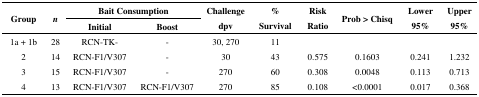
| <ROWSPAN=2> Group | <ROWSPAN=2> n | <COLSPAN=2> Bait Consumption | <ROWSPAN=2> Challenge dpv | <ROWSPAN=2> % Survival | <ROWSPAN=2> Risk Ratio | <ROWSPAN=2> Prob > Chisq | <ROWSPAN=2> Lower 95% | <ROWSPAN=2> Upper 95% |
 | Initial | Boost |
 | --- | --- | --- | --- | --- | --- | --- | --- | --- | --- |
 | 1a + 1b | 28 | RCN-TK- | - | 30, 270 | 11 |
 | 2 | 14 | RCN-F1/V307 | - | 30 | 43 | 0.575 | 0.1603 | 0.241 | 1.232 |
 | 3 | 15 | RCN-F1/V307 | - | 270 | 60 | 0.308 | 0.0048 | 0.113 | 0.713 |
 | 4 | 13 | RCN-F1/V307 | RCN-F1/V307 | 270 | 85 | 0.108 | <0.0001 | 0.017 | 0.368 |